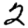
Digit: 2